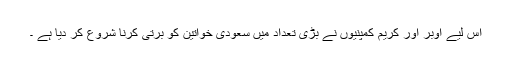
اس لیے اوبر اور کریم کمپنیوں نے بڑی تعداد میں سعودی خواتین کو برتی کرنا شروع کر دیا ہے ۔